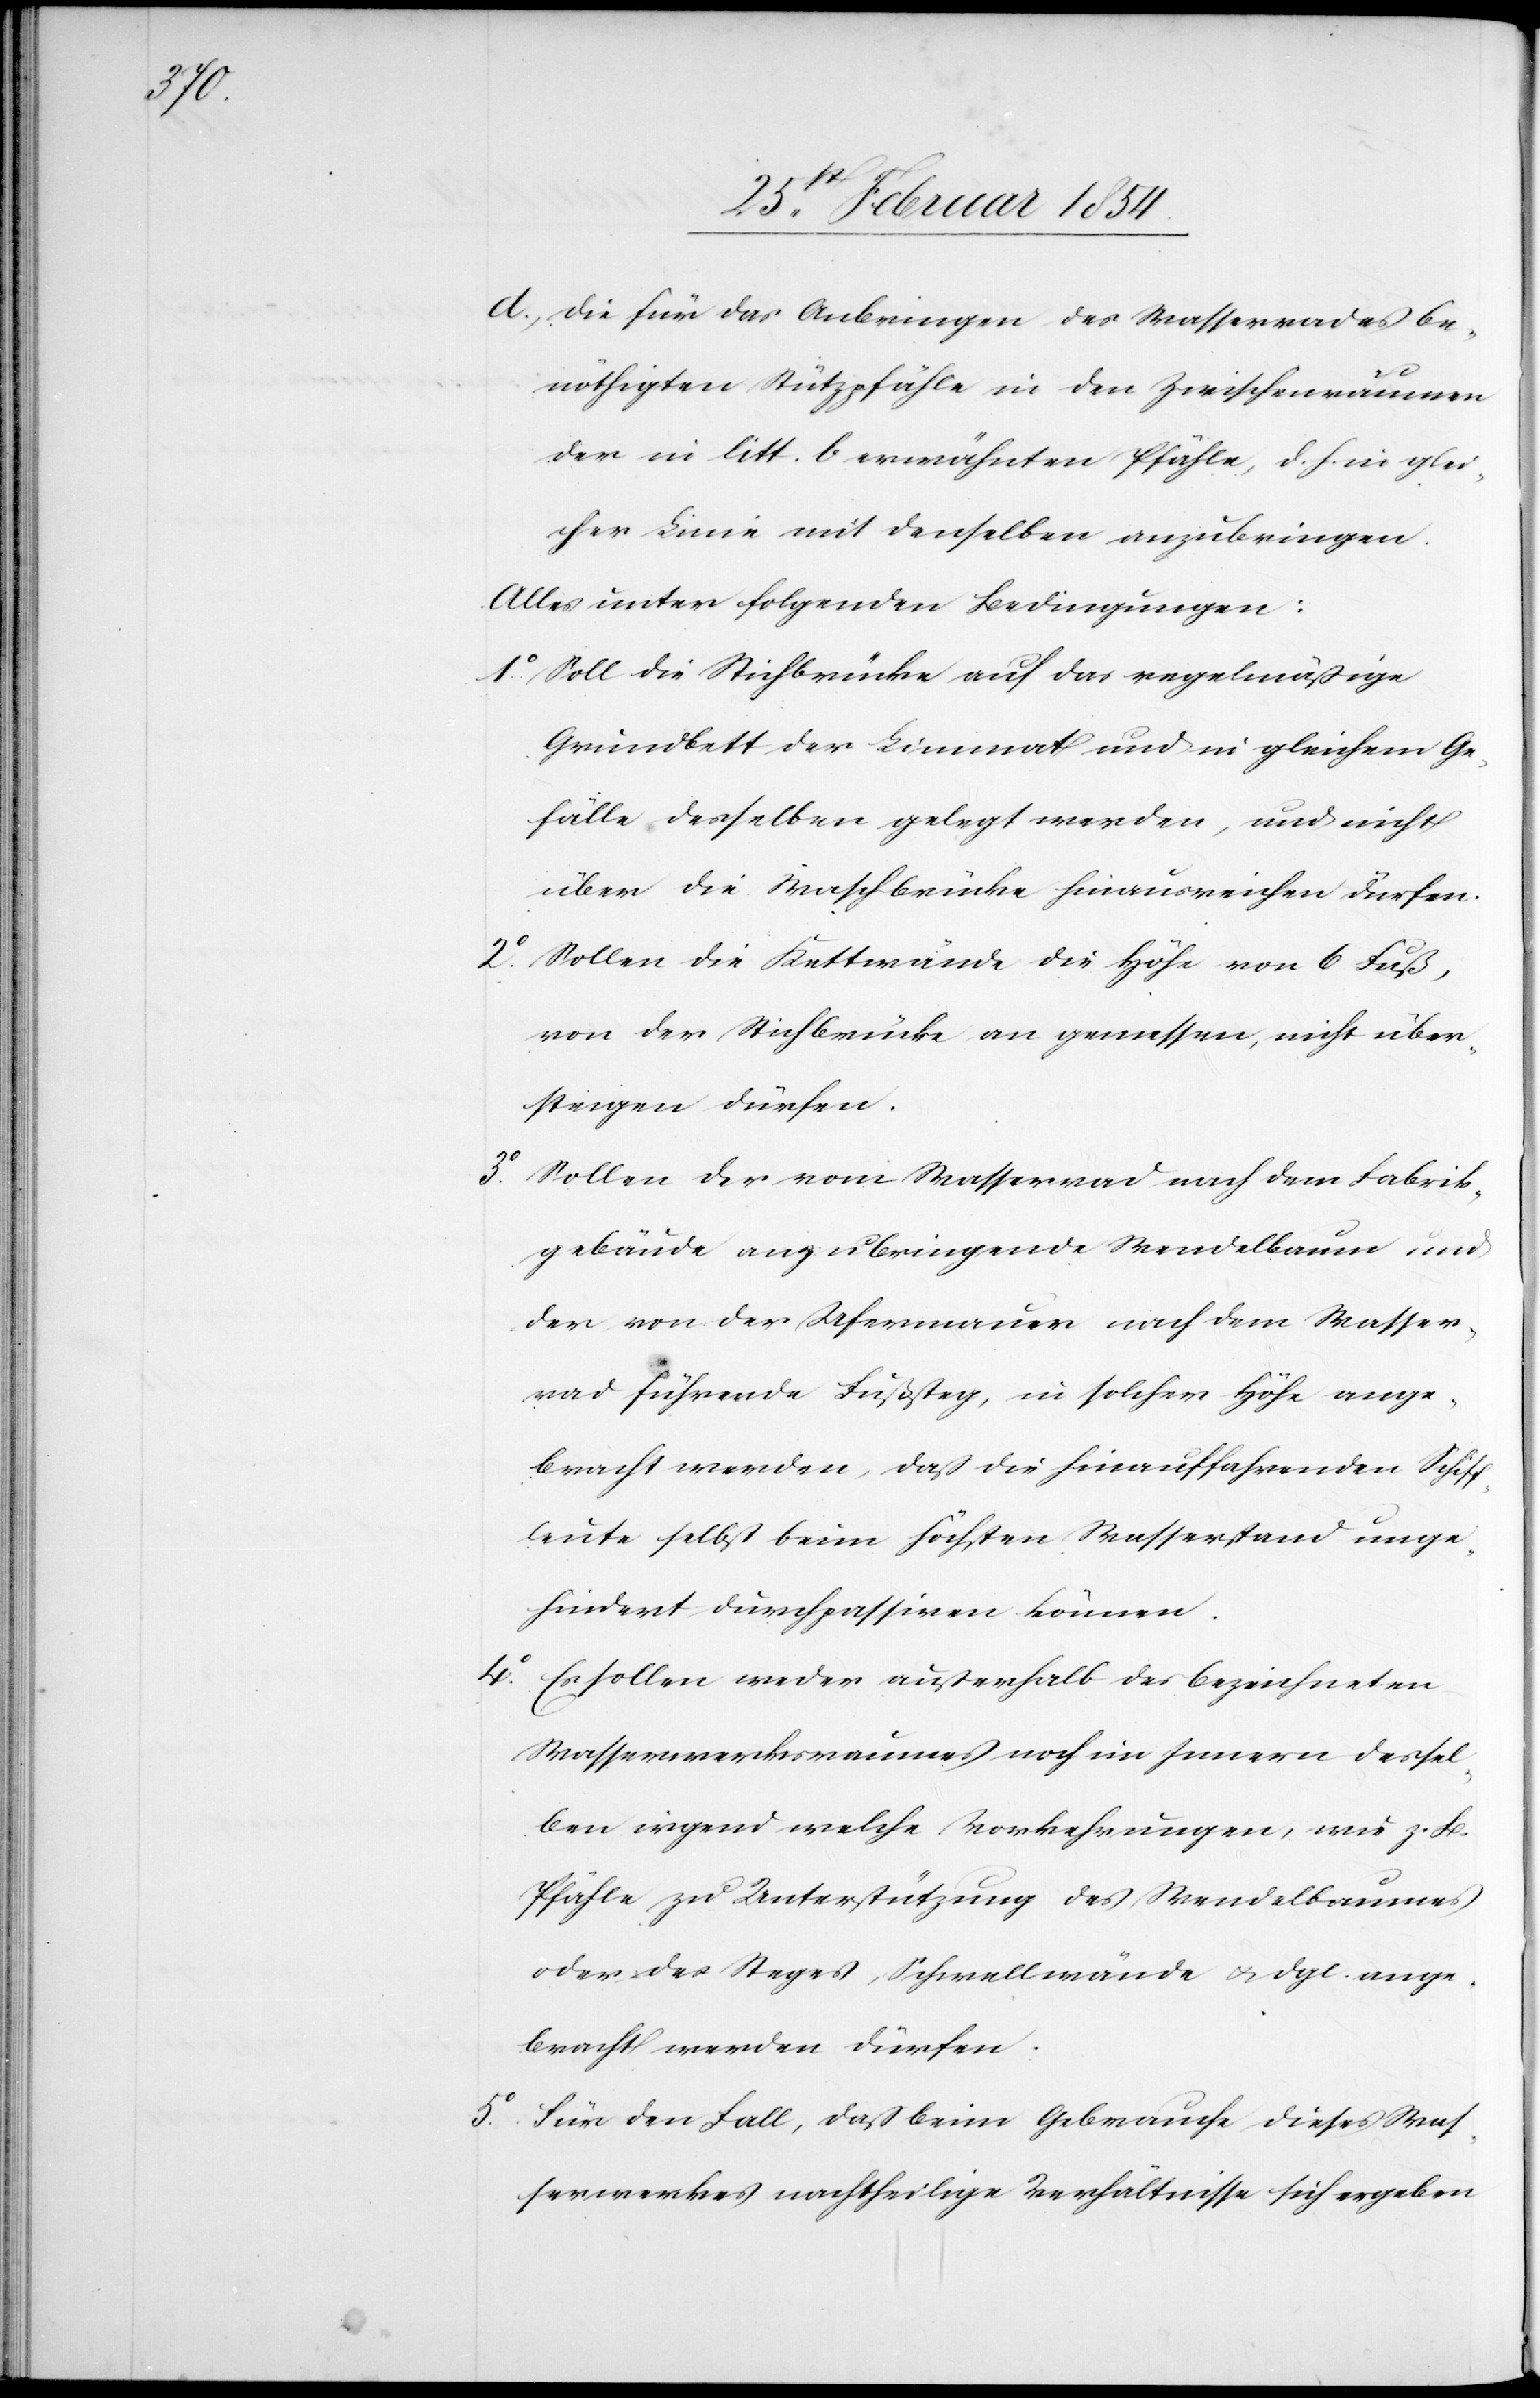
d; Die für das Anbringen des Wasserrades be¬
nöthigten Stützpfähle in den Zwischenräumen
der in litt. b erwähnten Pfähle, d. h. in glei¬
cher Linie mit denselben anzubringen.
Alles unter folgenden Bedingungen:
1o Soll die Stichbrücke auf das regelmäßige
Grundbett der Limmat und in gleichem Ge¬
fälle desselben gelegt werden, und nicht
über die Waschbrücke hinausreichen dürfen.
2o Sollen die Kettenwände die Höhe von 6 Fuß,
von der Stichbrücke an gemessen, nicht über¬
steigen dürfen.
Sollen der vom Wasserrad nach dem Fabrik¬
gebäude anzubringende Wendelbaum und
der von der Ufermauer nach dem Wasser¬
rad führende Fußsteg, in solcher Höhe ange¬
bracht werden, daß die hinauffahrenden Schiff¬
leute selbst beim höchsten Wasserstand unge¬
hindert durchpassiren können.
4o Es sollen weder außerhalb des bezeichneten
Wasserwerksraumes noch im Innern dessel¬
ben irgend welche Vorkehrungen, wie z. B.
Pfähle zu Unterstützung des Wendelbaumes
oder des Steges, Schwellwände u. dgl. ange¬
bracht werden dürfen.
5o Für den Fall, daß beim Gebrauche dieses Was¬
serwerkes nachtheilige Verhältniße sich ergeben